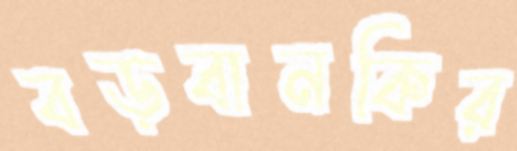
বড়বানকির